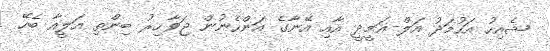
ޝެއިހު އަހުމަދު އަލް-ޣަމީދީ އާއި އޭނާގެ އަންހެނުން ޖަވާހިރު ބިންތި އަލީއާ ބެހޭ